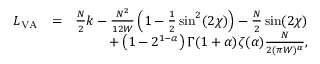
\begin{array} { r l r } { L _ { \mathrm { V A } } } & { = } & { \frac { N } { 2 } k - \frac { N ^ { 2 } } { 1 2 W } \left( 1 - \frac { 1 } { 2 } \sin ^ { 2 } ( 2 \chi ) \right) - \frac { N } { 2 } \sin ( 2 \chi ) } \\ & { } & { + \left( 1 - 2 ^ { 1 - \alpha } \right) \Gamma ( 1 + \alpha ) \zeta ( \alpha ) \frac { N } { 2 ( \pi W ) ^ { \alpha } } , } \end{array}